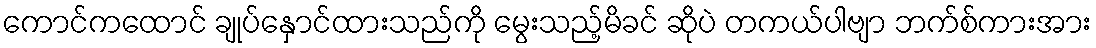
ကောင်ကထောင် ချုပ်နှောင်ထားသည်ကို မွေးသည့်မိခင် ဆိုပဲ တကယ်ပါဗျာ ဘက်စ်ကားအား